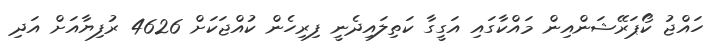
ހައްޖު ކޯޕަރޭޝަންއިން މައްކާގައި އަގީގާ ކަތިލައިދެނީ ފިރިހެން ކުއްޖަކަށް 4626 ރުފިޔާއަށް އަދި